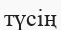
түсің